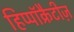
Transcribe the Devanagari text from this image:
हिप्पॉक्रैटीज़